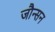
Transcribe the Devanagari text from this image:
जौन्सन